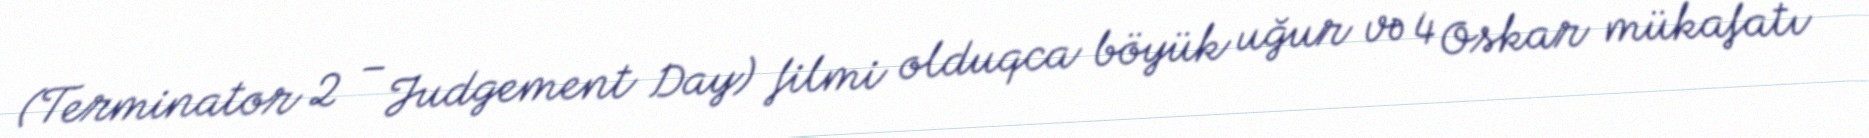
(Terminator 2 – Judgement Day) filmi olduqca böyük uğur və 4 Oskar mükafatı